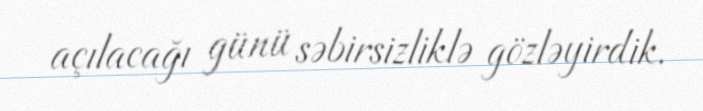
açılacağı günü səbirsizliklə gözləyirdik.